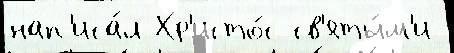
нап'иса́л Хр'исто́с св'яты́м'и